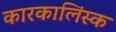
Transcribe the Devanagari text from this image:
कारकालिंस्क